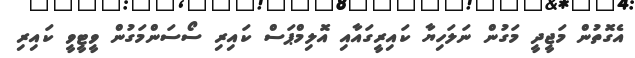
އެގޮތުން މަޖީދީ މަގުން ނަލަހިޔާ ކައިރީގައާއި އޮލިމްޕަސް ކައިރި ސޯސަންމަގުން ވީޓީވީ ކައިރި